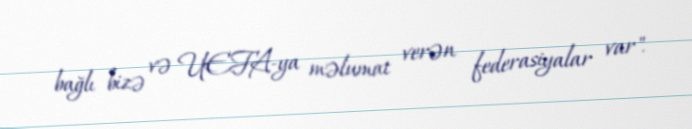
bağlı bizə və UEFA-ya məlumat verən federasiyalar var".